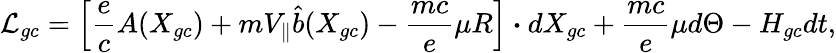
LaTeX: \mathcal{L}_{gc}=\left[\frac{e}{c}A(X_{gc})+mV_{\parallel}\hat{b}(X_{gc})-\frac{mc}{e}\mu R\right]\boldsymbol{\cdot}dX_{gc}+\frac{mc}{e}\mu d\Theta-H_{gc}dt,